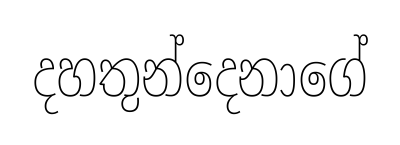
දහතුන්දෙනාගේ